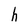
Character: h